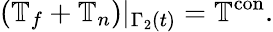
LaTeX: \left(\mathbb{T}_{f}+\mathbb{T}_{n}\right)|_{\Gamma_{2}(t)}=\mathbb{T}^{\textrm{con}}.